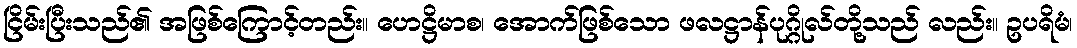
ငြိမ်းပြီးသည်၏ အဖြစ်ကြောင့်တည်း။ ဟေဋ္ဌိမာစ၊ အောက်ဖြစ်သော ဖလဋ္ဌာန်ပုဂ္ဂိုလ်တို့သည် လည်း။ ဥပရိမံ၊